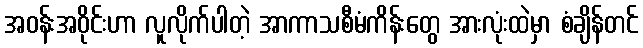
အဝန်းအဝိုင်းဟာ လူလိုက်ပါတဲ့ အာကာသစီမံကိန်းတွေ အားလုံးထဲမှာ စံချိန်တင်